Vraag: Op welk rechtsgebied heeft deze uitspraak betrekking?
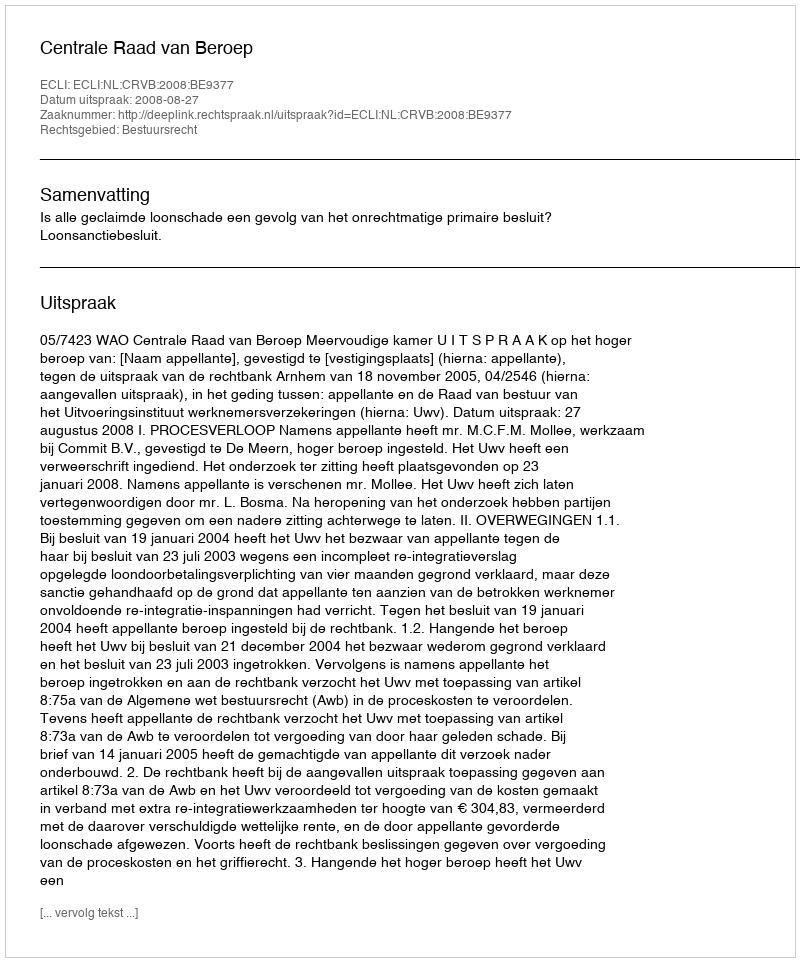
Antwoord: Bestuursrecht